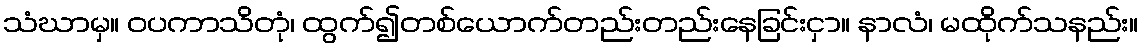
သံဃာမှ။ ဝပကာသိတုံ၊ ထွက်၍တစ်ယောက်တည်းတည်းနေခြင်းငှာ။ နာလံ၊ မထိုက်သနည်း။